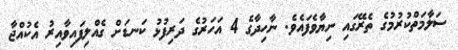
ސަލާމަތްކުރުމުގެ ތެރޭގައި ނިޔާވެފައެވެ. ނާހިދާގެ 4 އަހަރުގެ ދަރިފުޅު ކަނޑަށް ގެއްލިފައިވާއިރު އެކުއްޖާ